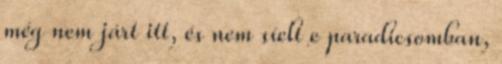
még nem járt itt, és nem síelt e paradicsomban,